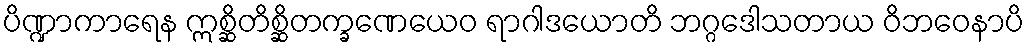
ပိဏ္ဍာကာရေန ဣစ္ဆိတိစ္ဆိတက္ခဏေယေဝ ရာဂါဒယောတိ ဘဂ္ဂဒေါသတာယ ဝိဘဝေနာပိ